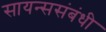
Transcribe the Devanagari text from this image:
सायन्ससंबंधी